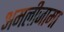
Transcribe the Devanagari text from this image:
अमलीजामा